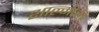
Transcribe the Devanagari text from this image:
शाल्मीही